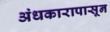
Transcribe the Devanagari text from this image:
अंधकारापासून